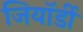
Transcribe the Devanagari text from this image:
जियॉर्डी